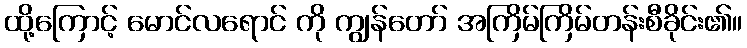
ထို့ကြောင့် မောင်လရောင် ကို ကျွန်တော် အကြိမ်ကြိမ်တန်းစီခိုင်း၏။